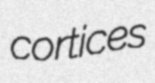
cortices